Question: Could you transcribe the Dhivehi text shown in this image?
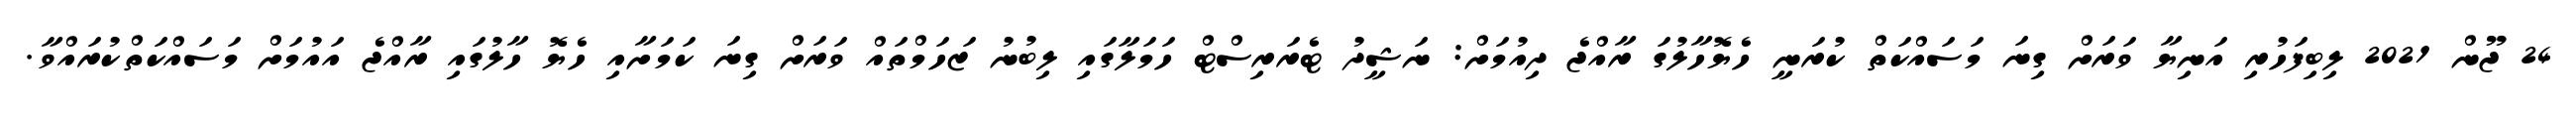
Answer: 24 ޖޫން 2021 ލިބިފަހުރި އަނިޔާ ވަރަށް ގިނަ މަސައްކަތް ކުރަނީ ހެޔޮހާލުގަ ރާއްޖެ ދިއުމަށް: ނަޝީދު ޓެރަރިސްޓް ހަމަލާގައި ލިބުނު ޒަހަމްތައް ވަރަށް ގިނަ ކަމަށާއި ހެޔޮ ހާލުގައި ރާއްޖެ އައުމަށް މަސައްކަތްކުރައްވާ.